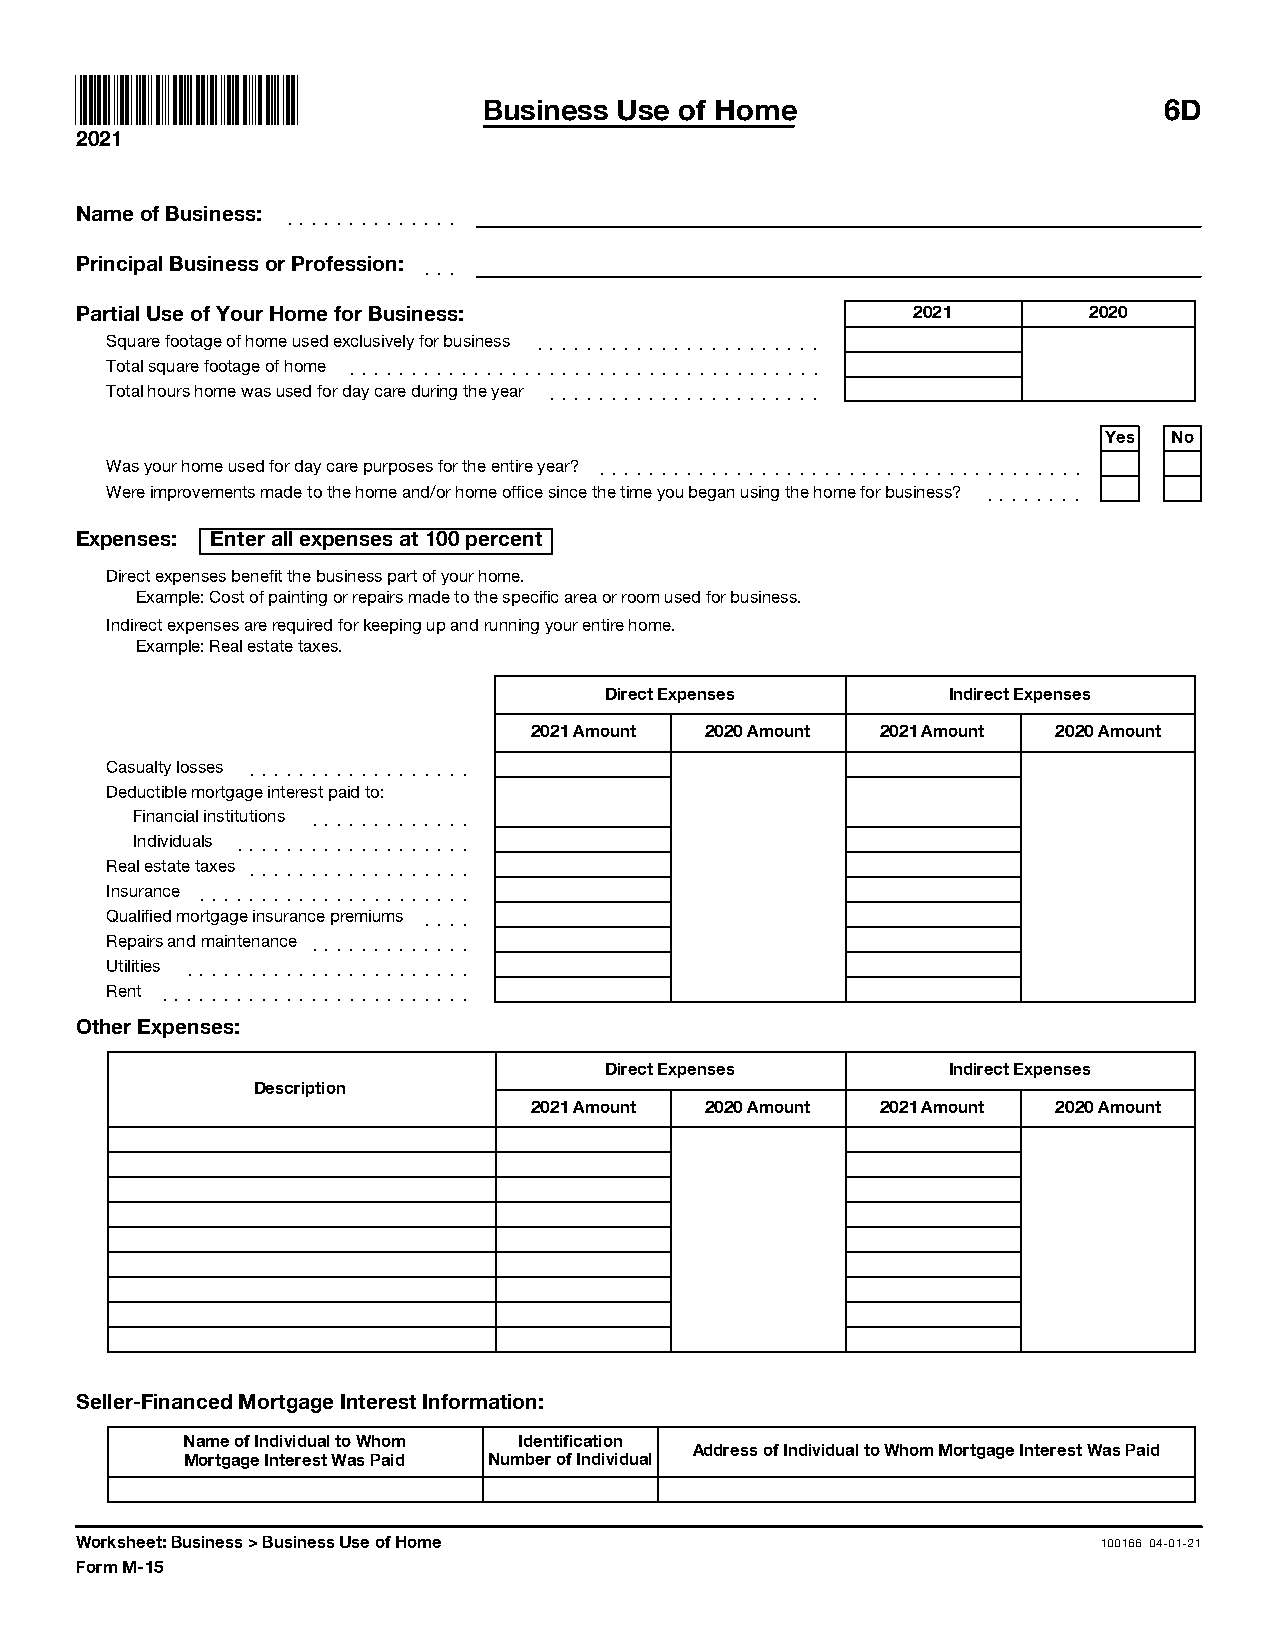
Business Use of Home                         6D
 2021
 Name of Business: ]]]]]]]]]]]]]]
 Principal Business or Profession: ]]]
 Partial Use of Your Home for Business:                 2021        2020
 Square footage of home used exclusively for business ]]]]]]]]]]]]]]]]]]]]]]]
 Total square footage of home ]]]]]]]]]]]]]]]]]]]]]]]]]]]]]]]]]]]]]]
 Total hours home was used for day care during the year ]]]]]]]]]]]]]]]]]]]]]]
 Yes  No
 Was your home used for day care purposes for the entire year? ]]]]]]]]]]]]]]]]]]]]]]]]]]]]]]]]]]]]]]]
 Were improvements made to the home and/or home office since the time you began using the home for business? ]]]]]]]]
 Expenses: Enter all expenses at 100 percent
 Direct expenses benefit the business part of your home.
 Example: Cost of painting or repairs made to the specific area or room used for business.
 Indirect expenses are required for keeping up and running your entire home.
 Example: Real estate taxes.
 Direct Expenses        Indirect Expenses
 2021 Amount 2020 Amount 2021 Amount 2020 Amount
 Casualty losses ]]]]]]]]]]]]]]]]]]
 Deductible mortgage interest paid to:
 Financial institutions ]]]]]]]]]]]]]
 Individuals ]]]]]]]]]]]]]]]]]]]
 Real estate taxes ]]]]]]]]]]]]]]]]]]
 Insurance ]]]]]]]]]]]]]]]]]]]]]]
 Qualified mortgage insurance premiums ]]]]
 Repairs and maintenance ]]]]]]]]]]]]]
 Utilities ]]]]]]]]]]]]]]]]]]]]]]]
 Rent ]]]]]]]]]]]]]]]]]]]]]]]]]
 Other Expenses:
 Direct Expenses        Indirect Expenses
 Description
 2021 Amount 2020 Amount 2021 Amount 2020 Amount
 Seller-Financed Mortgage Interest Information:
 Name of Individual to Whom Identification
 Address of Individual to Whom Mortgage Interest Was Paid
 Mortgage Interest Was Paid Number of Individual
 Worksheet: Business > Business Use of Home                          100166 04-01-21
 Form M-15